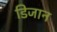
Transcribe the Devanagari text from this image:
डिजान